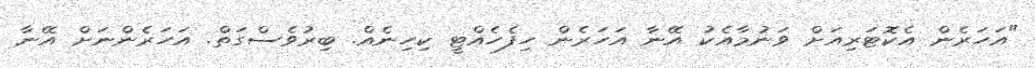
"އަހަރެން އެކޮޓަރިއަށް ވަނުމާއެކު އޭނާ އަހަރެން ހިފެހެއްޓީ ކިހިނެއް. ބިރުވެސްގަތް. އަހަރެންނަށް އޭނާ